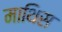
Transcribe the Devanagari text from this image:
माथिस